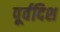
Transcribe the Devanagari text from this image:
पूर्वदिश